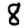
Digit: 8